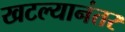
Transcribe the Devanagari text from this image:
खटल्यानंतर